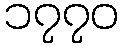
၁၇၇၀